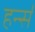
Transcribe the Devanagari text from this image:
हर्न्स